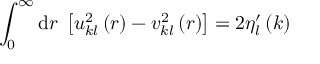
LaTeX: \int _ { 0 } ^ { \infty } \mathrm { d } r \; \left[ u _ { k l } ^ { 2 } \left( r \right) - v _ { k l } ^ { 2 } \left( r \right) \right] = 2 \eta _ { l } ^ { \prime } \left( k \right)